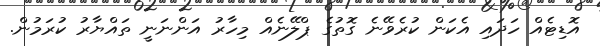
އޮޑިޓެއް ހަދައި އެކަން ކުރެވޭނެ ގޮތުގެ ޕްލޭނެއް މިހާރު އަންނަނީ ތައްޔާރު ކުރަމުން.